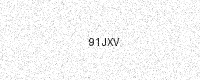
Text: 91JXV